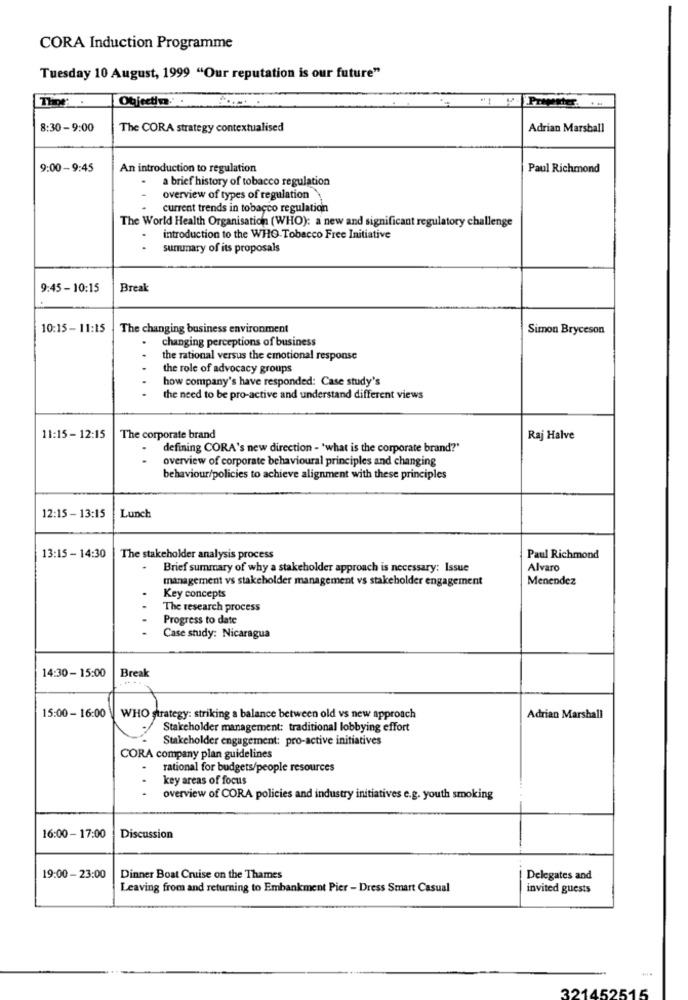
CORA Induction Programme
Tuesday 10 August, 1999 "Our reputation is our future"
Objectin.
Presenter.
8:30-9:00
The CORA strategy contextualised
Adrian Marshall
9:00-9:45
An introduction to regulation
Paul Richmond
a brief history of tobacco regulation
overview of types of regulation
current trends in tobacco regulation
The World Health Organisation (WHO): a new and significant regulatory challenge
introduction to the WHO Tobacco Free Initiative
sununary of its proposals
9:45 - 10:15
Break
10:15-11:15
The changing business environment
Simon Bryceson
changing perceptions of business
the rational versus the emotional response
the role of advocacy groups
how company's have responded: Case study's
the need to be pro-active and understand different views
11:15- 12:15
The corporate brand
Raj Halve
defining CORA's new direction - 'what is the corporate brand?'
overview of corporate behavioural principles and changing
behaviour/policies to achieve alignment with these principles
12:15 - 13:15
Lunch
13:15 - 14:30
The stakeholder analysis process
Paul Richmond
.
Brief summary of why a stakeholder approach is necessary; Issue
Alvaro
management vs stakeholder management vs stakeholder engagement
Menendez
Key concepts
The research process
...
Progress to date
Case study: Nicaragua
14:30- 15:00
Break
15:00 - 16:00
WHO strategy: striking a balance between old vs new approach
Adrian Marshall
Stakeholder management: traditional lobbying effort
Stakeholder engagement: pro-active initiatives
CORA company plan guidelines
rational for budgets/people resources
key areas of focus
overview of CORA policies and industry initiatives e.g. youth smoking
16:00 - 17:00
Discussion
19:00 - 23:00
Dinner Boat Cruise on the Thames
Delegates and
Leaving from and returning to Embankment Pier - Dress Smart Casual
invited guests
321452515